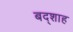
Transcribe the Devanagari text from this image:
बद्शाह